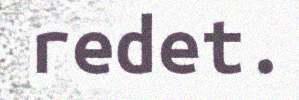
redet.